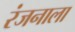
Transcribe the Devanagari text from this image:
रंजनाला